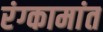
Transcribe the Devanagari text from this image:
रंग्कामांत